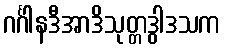
ဂင်္ဂါနဒီအာဒိသုတ္တဒွါဒသက